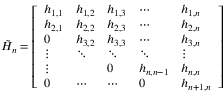
{ \tilde { H } } _ { n } = { \left[ \begin{array} { l l l l l } { h _ { 1 , 1 } } & { h _ { 1 , 2 } } & { h _ { 1 , 3 } } & { \cdots } & { h _ { 1 , n } } \\ { h _ { 2 , 1 } } & { h _ { 2 , 2 } } & { h _ { 2 , 3 } } & { \cdots } & { h _ { 2 , n } } \\ { 0 } & { h _ { 3 , 2 } } & { h _ { 3 , 3 } } & { \cdots } & { h _ { 3 , n } } \\ { \vdots } & { \ddots } & { \ddots } & { \ddots } & { \vdots } \\ { \vdots } & { } & { 0 } & { h _ { n , n - 1 } } & { h _ { n , n } } \\ { 0 } & { \cdots } & { \cdots } & { 0 } & { h _ { n + 1 , n } } \end{array} \right] }